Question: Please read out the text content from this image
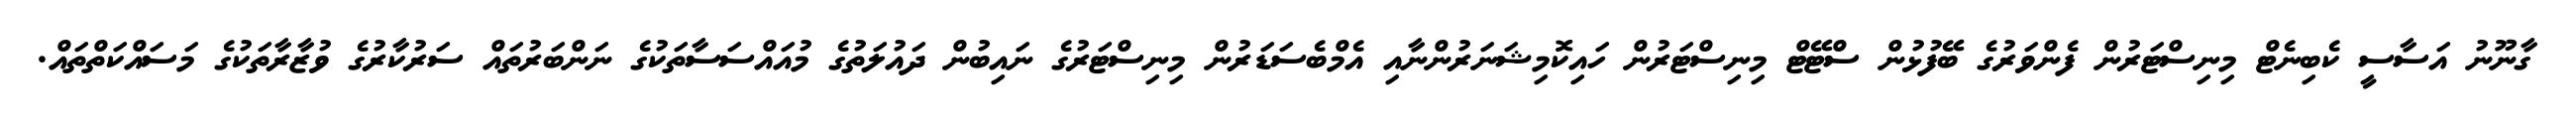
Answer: ގާނޫނު އަސާސީ ކެބިނެޓް މިނިސްޓަރުން ފެންވަރުގެ ބޭފުޅުން ސްޓޭޓް މިނިސްޓަރުން ހައިކޮމިޝަނަރުންނާއި އެމްބެސަޑަރުން މިނިސްޓަރުގެ ނައިބުން ދައުލަތުގެ މުއައްސަސާތަކުގެ ނަންބަރުތައް ސަރުކާރުގެ ވުޒާރާތަކުގެ މަސައްކަތްތައް.